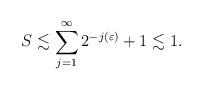
LaTeX: \begin{align*} S\lesssim \sum\limits_{j=1}^\infty2^{-j(\varepsilon)}+1 \lesssim 1. \end{align*}